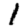
Digit: 1